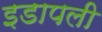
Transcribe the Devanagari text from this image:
इडापली